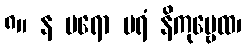
၈။ န ပရော ပရံ နိကုဗ္ဗေထ၊